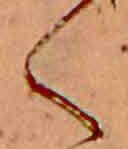
く